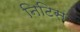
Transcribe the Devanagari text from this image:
निटिस